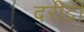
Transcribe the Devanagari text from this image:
दरीद्री